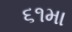
૬૧મા